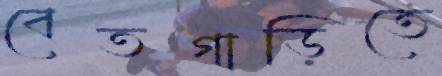
বেতগাড়িতে